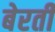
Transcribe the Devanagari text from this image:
बेरती